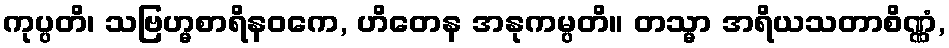
ကုပ္ပတိ၊ သဗြဟ္မစာရိနဝကေ, ဟိတေန အနုကမ္ပတိ။ တသ္မာ အရိယသတာစိဏ္ဏံ,